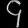
Digit: ၄